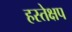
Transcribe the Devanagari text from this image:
हस्तेक्षप